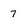
Character: 7